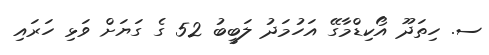
ސ. ހިތަދޫ އޯކިޑްމާގޭ އަހުމަދު ލަބީބު 52 ގެ ގަޔަށް ވަޅި ހަރައި